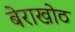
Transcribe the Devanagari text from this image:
बेराखोठ